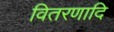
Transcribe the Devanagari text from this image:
वितरणादि